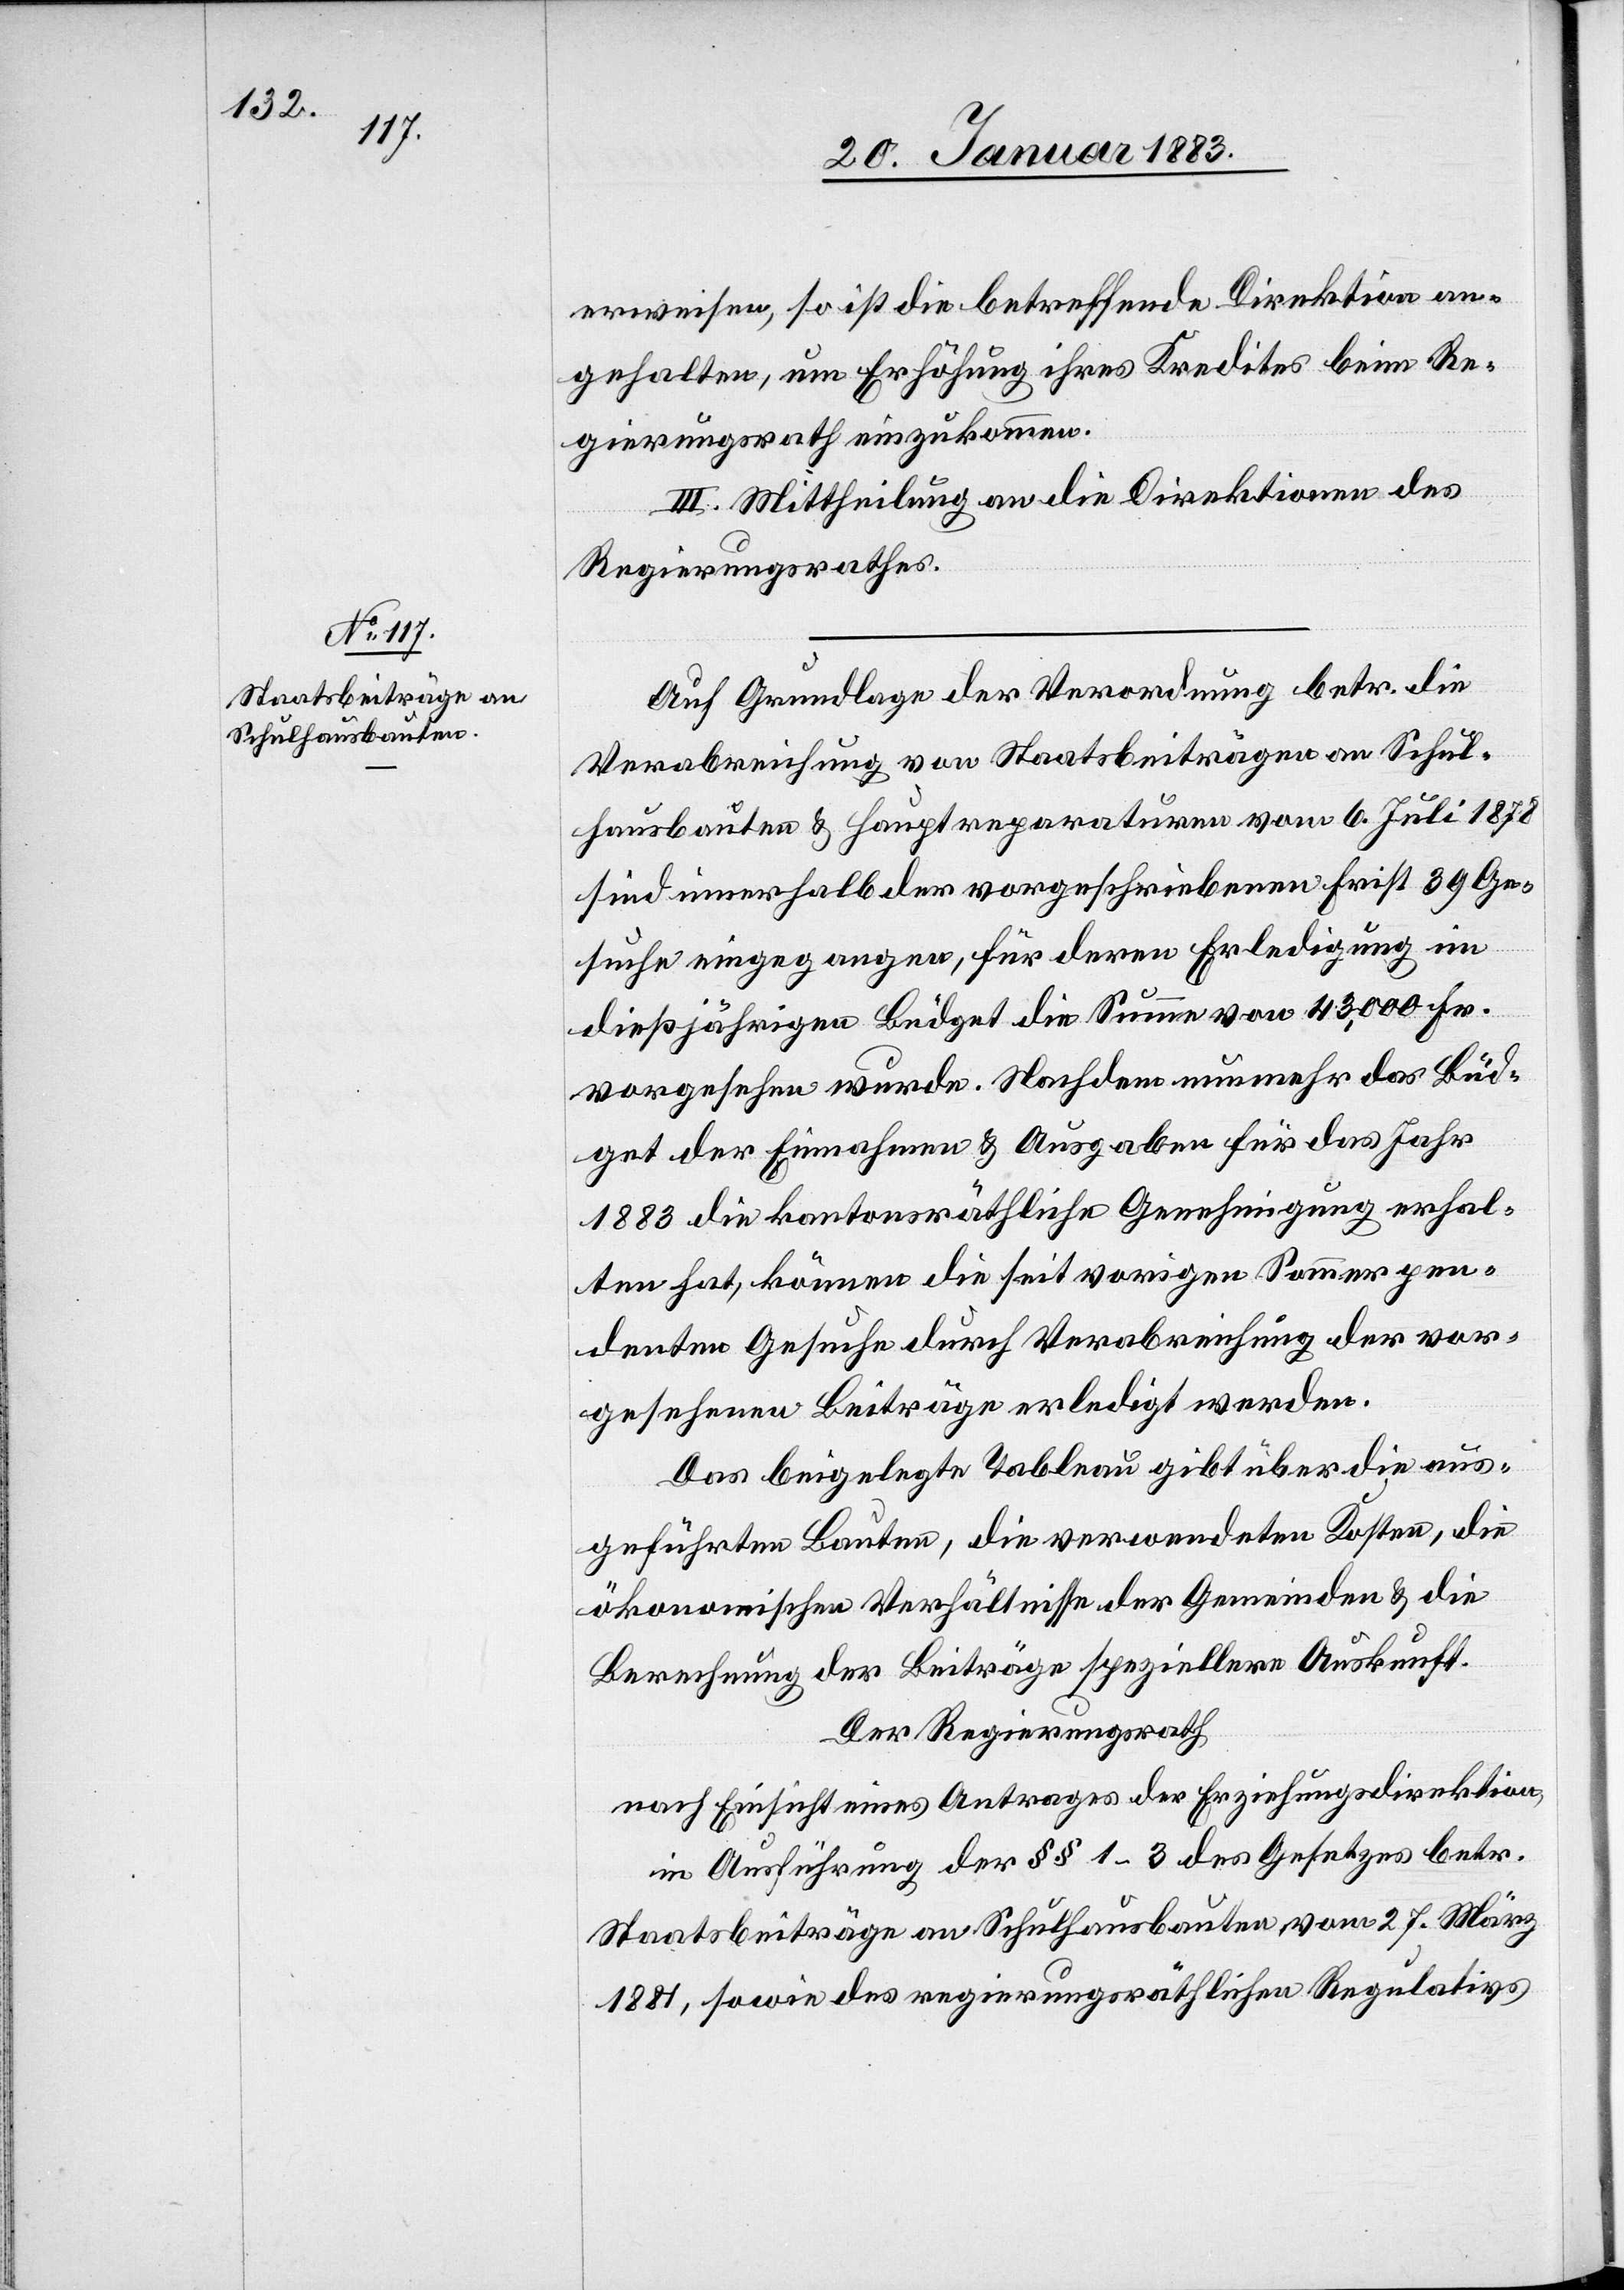
erweisen, so ist die betreffende Direktion an¬
gehalten, um Erhöhung ihres Kredites beim Re¬
gierungsrath einzukommen.
III. Mittheilung an die Direktionen des
Regierungsrathes.
Auf Grundlage der Verordnung betr. die
Verabreichung von Staatsbeiträgen an Schul¬
hausbauten & Hauptreparaturen vom 6. Juli 1878
sind innerhalb der vorgeschriebenen Frist 39 Ge¬
suche eingegangen, für deren Erledigung im
dießjährigen Büdget die Summe von 43,000 Fr.
vorgesehen wurde. Nachdem nunmehr das Büd¬
get der Einnahmen & Ausgaben für das Jahr
1883 die kantonsräthliche Genehmigung erhal¬
ten hat, können die seit vorigen Sommer pen¬
denten Gesuche durch Verabreichung der vor¬
gesehenen Beiträge erledigt werden.
Das beigelegte Tableau gibt über die aus¬
geführten Bauten, die verwendeten Kosten, die
ökonomischen Verhältnisse der Gemeinden & die
Berechnung der Beiträge speziellere Auskunft.
Der Regierungsrath,
nach Einsicht eines Antrages der Erziehungsdirektion.
in Ausführung der §§ 1–3 des Gesetzes betr.
Staatsbeiträge an Schulhausbauten vom 27. März
1881, sowie des regierungsräthlichen Regulativs